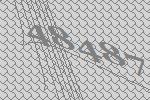
48487